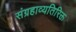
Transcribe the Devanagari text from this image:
संग्रहाव्यतिरिक्त